Leaving Certificate Examination (including Day School Certificate (Higher) General paper), 1926
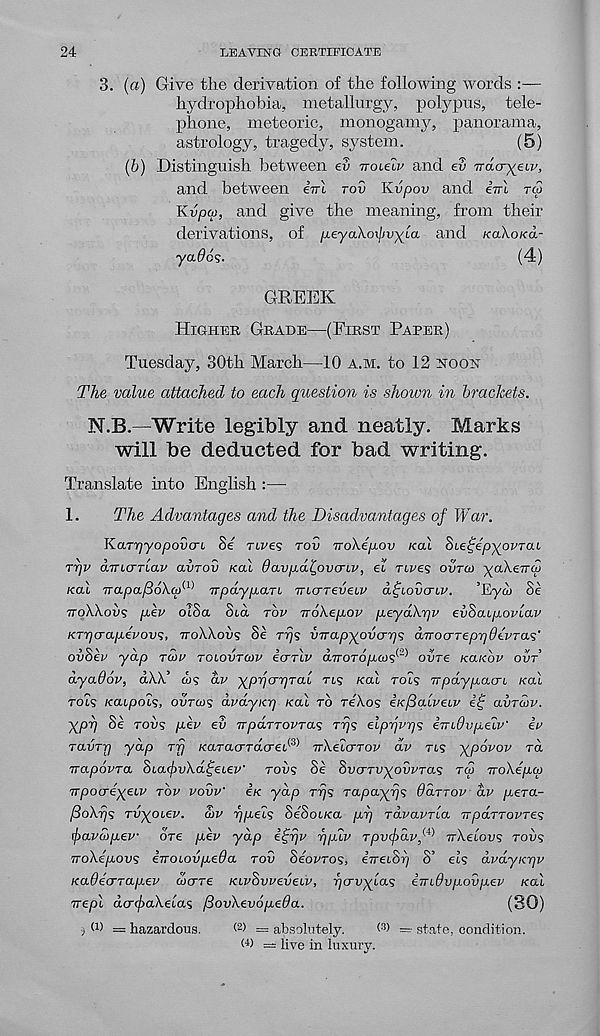
24
LEAVING CERTIFICATE
3. (a) Give the derivation of the following words :—
hydrophobia, metallurgy, polypus, tele-
phone, meteoric, monogamy, panorama,
astrology, tragedy, system.
(5)
(b) Distinguish between ev TTOLELV and ev Tiacryeu',
and between eVi TOV Kvpov and ivl rw
Kvpq), and give the meaning, from their
derivations, of p.eyaKoxJivyp.a and KOKOKO.-
yados.
(4)
GREEK
HIGHER GRADE—(FIRST PARER)
Tuesday, 30th March—10 A.M. to 12 NOOH
The value attached to each question is shown in brackets.
N.B.—Write legibly and neatly. Marks
will be deducted for bad writing.
Translate into English :—
1.
The Advantages and the Disadvantages of IVar.
KaTr/yopovcn 8e TLves TOV TroXepov KOU Siefepyoiucu
TTJV aTTUTTLav CLVTOV Koi 0avpui^ovcriv, et nves OVTCO yaXeinS
KCU TrapafioXo)^ TTpaypun TricrTeveiv a^iovcrtv.
’Eyw Se
TTOWOVS p,ev cuSa Std TOV iro'kep.ov peydXrjv eyhaipoviav
KTrjcrap.evow;, TTOXXOVS Se TT)S viTapyovcrr)>i dnocrTeprjdtvTa.^'
oiiSev yap TCOV TOLOVTMV icrrlv aTTOTop.M^ ovre KaKov OVT
dyadov, dXX’ d><; av y^prjcrrjTal TLS Kal rots TrpdypacrL /cat
rots Kcupot?, OVTCOS dpayicr) Kal TO reXos iK/Saiveiv
avTaiv.
ypp Se rot? p.ep ev irparroFTa? TT)S elprjvrj<; imdvpeLW ip
TavTTj yap Tjj Kraracnacret® nXeccrTov dv its ypovov TO.
TrapovTa 8iafvXd^eiev' Toils Se SverTvyovvTas TM TroXep,qj
■npocreyeiv TOV VOVV' iK yap Trjs Tapayrjs daTTOv av pera-
/BoXrjs Tvyoiev. 5>v rjp.e'is SeSoiKa pp TavavTLa TTpaTTovres
tfiavaipew OTe pev yap i^rjv rjpiv Tpvfdv^ nXeiovs Toils
TroXepovs iTTOiovpeda TOV SeovTOS, eireiSr) S’ et? dvdyKrjv
KaOecrTapev aicrTe KivSvveveiv, rjcrvylas eTndvpovpev Kal
rrepl dcrfaXelas /3ovXev6pe0a.
(30)
•) d) = hazardous.
W — absolutely.
< 3 > = state, condition.
G) = live in luxury.